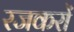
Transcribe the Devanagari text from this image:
रजकरों